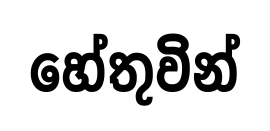
හේතුවින්